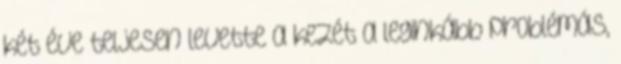
két éve teljesen levette a kezét a leginkább problémás,